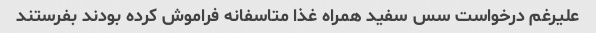
علیرغم درخواست سس سفید همراه غذا متاسفانه فراموش کرده بودند بفرستند